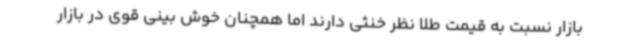
بازار نسبت به قیمت طلا نظر خنثی دارند اما همچنان خوش بینی قوی در بازار